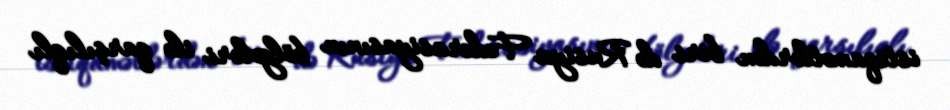
istiqamətlərdən biri də Rusiya Federasiyasının bölgələri ilə qarşılıqlı